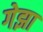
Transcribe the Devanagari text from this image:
गेझा